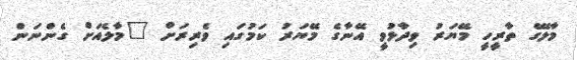
މާލޭގެ ތާރީހީ މޭޔަރު ވިދާޅުވީ އޭނާގެ މޭޔަރު ކަމުގައި ވެރިރަށް "މާލެއަށް ގެންނަން